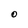
Character: O